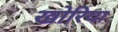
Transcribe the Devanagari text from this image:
खोरिया